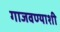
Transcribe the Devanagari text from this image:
गाजवण्याशी